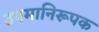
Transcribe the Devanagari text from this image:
उपमानिरूपक